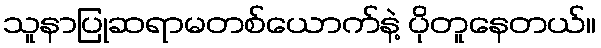
သူနာပြုဆရာမတစ်ယောက်နဲ့ ပိုတူနေတယ်။